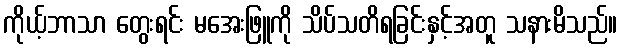
ကိုယ့်ဘာသာ တွေးရင်း မအေးဖြူကို သိပ်သတိရခြင်းနှင့်အတူ သနားမိသည်။